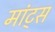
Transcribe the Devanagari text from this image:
मांट्स